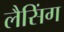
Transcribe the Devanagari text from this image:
लैसिंग